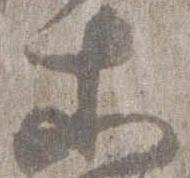
等